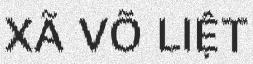
XÃ VÕ LIỆT